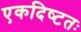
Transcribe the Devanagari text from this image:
एकदिष्‍टतः